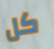
كل